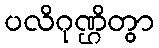
ပလိဂုဏ္ဌိတွာ